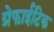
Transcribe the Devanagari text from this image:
ग्रेफाईटिक